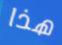
هذا